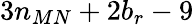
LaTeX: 3n_{MN}+2b_{r}-9